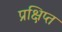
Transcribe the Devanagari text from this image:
प्रक्षिप्‍त